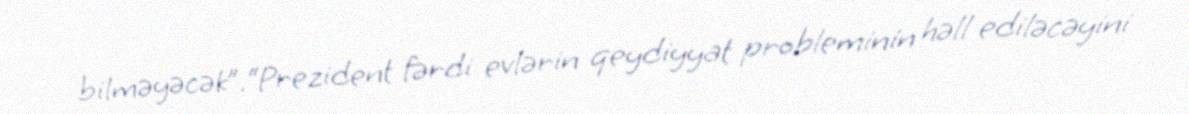
bilməyəcək”.“Prezident fərdi evlərin qeydiyyat probleminin həll ediləcəyini